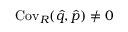
\operatorname { C o v } _ { R } ( \hat { q } , \hat { p } ) \neq 0